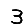
Digit: 3